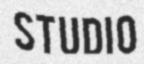
STUDIO